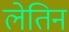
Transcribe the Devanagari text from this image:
लेतिन